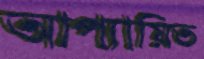
আপ্যায়িত